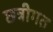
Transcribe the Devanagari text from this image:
छत्रीगत